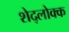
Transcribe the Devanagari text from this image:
शेद्लोक्क